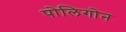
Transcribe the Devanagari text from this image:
पोलिगोन